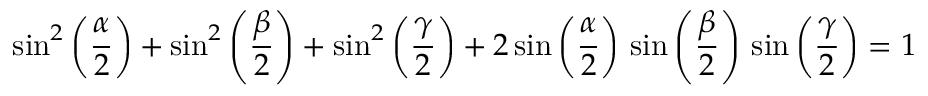
\sin ^ { 2 } \left( { \frac { \alpha } { 2 } } \right) + \sin ^ { 2 } \left( { \frac { \beta } { 2 } } \right) + \sin ^ { 2 } \left( { \frac { \gamma } { 2 } } \right) + 2 \sin \left( { \frac { \alpha } { 2 } } \right) \, \sin \left( { \frac { \beta } { 2 } } \right) \, \sin \left( { \frac { \gamma } { 2 } } \right) = 1